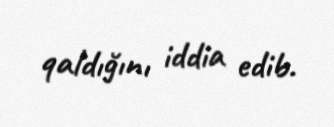
qaldığını iddia edib.